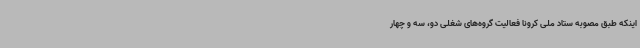
اینکه طبق مصوبه ستاد ملی کرونا فعالیت گروه‌های شغلی دو، سه و چهار